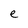
Character: e